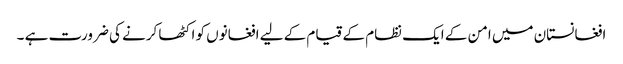
افغانستان میں امن کے ایک نظام کے قیام کے لیے افغانوں کو اکٹھا کرنے کی ضرورت ہے ۔